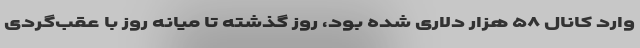
وارد کانال ۵۸ هزار دلاری شده بود، روز گذشته تا میانه روز با عقب‌گردی